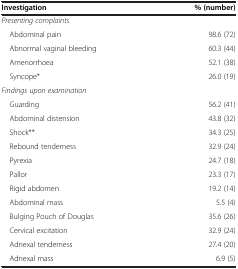
<table><thead><tr><td><b>Investigation</b></td><td><b>% (number)</b></td></tr></thead><tbody><tr><td colspan="2"><i>Presenting complaints</i></td></tr><tr><td> Abdominal pain</td><td>98.6 (72)</td></tr><tr><td> Abnormal vaginal bleeding</td><td>60.3 (44)</td></tr><tr><td> Amenorrhoea</td><td>52.1 (38)</td></tr><tr><td> Syncope*</td><td>26.0 (19)</td></tr><tr><td colspan="2"><i>Findings upon examination</i></td></tr><tr><td> Guarding</td><td>56.2 (41)</td></tr><tr><td> Abdominal distension</td><td>43.8 (32)</td></tr><tr><td> Shock**</td><td>34.3 (25)</td></tr><tr><td> Rebound tenderness</td><td>32.9 (24)</td></tr><tr><td> Pyrexia</td><td>24.7 (18)</td></tr><tr><td> Pallor</td><td>23.3 (17)</td></tr><tr><td> Rigid abdomen</td><td>19.2 (14)</td></tr><tr><td> Abdominal mass</td><td>5.5 (4)</td></tr><tr><td> Bulging Pouch of Douglas</td><td>35.6 (26)</td></tr><tr><td> Cervical excitation</td><td>32.9 (24)</td></tr><tr><td> Adnexal tenderness</td><td>27.4 (20)</td></tr><tr><td> Adnexal mass</td><td>6.9 (5)</td></tr></tbody></table>